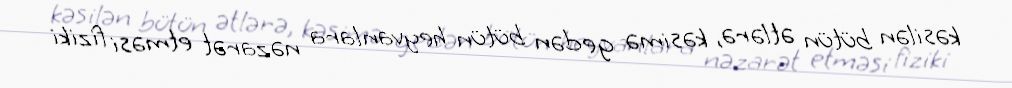
kəsilən bütün ətlərə, kəsimə gedən bütün heyvanlara nəzarət etməsi fiziki